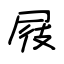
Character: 屐